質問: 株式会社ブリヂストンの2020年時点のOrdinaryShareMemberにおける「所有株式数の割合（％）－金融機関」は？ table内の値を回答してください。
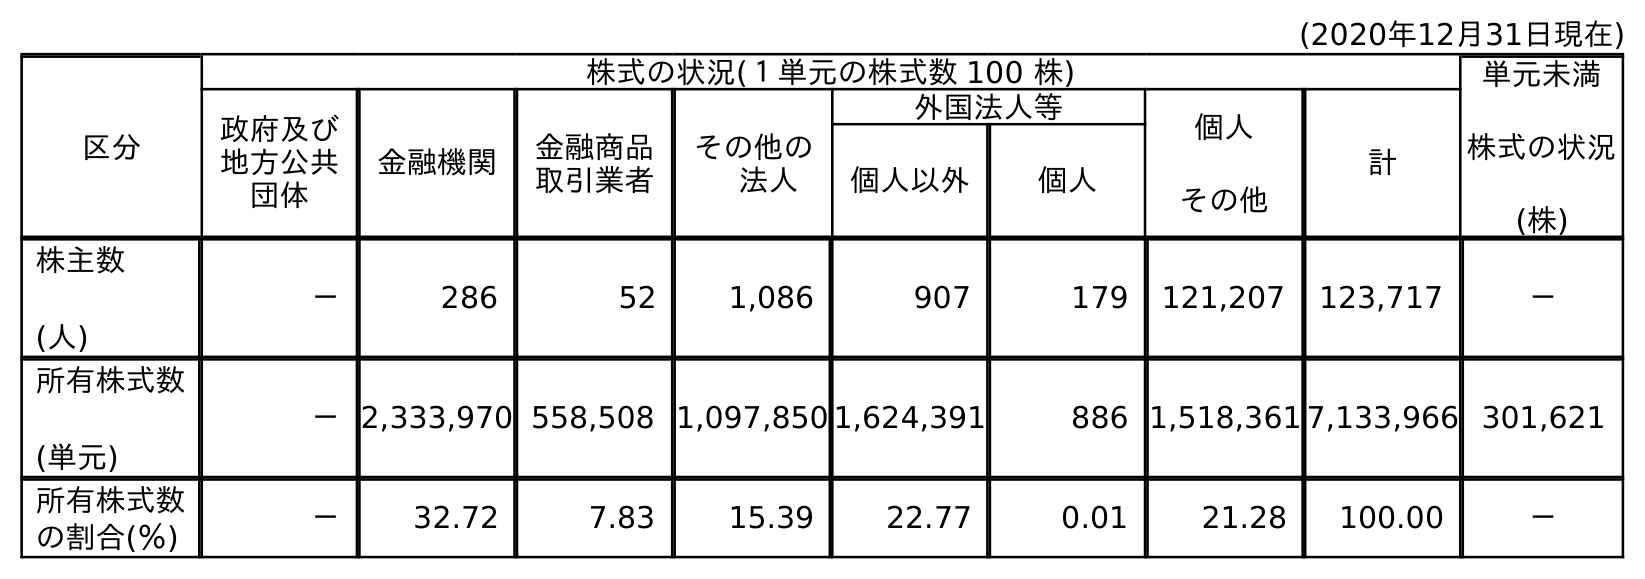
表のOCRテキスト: (2020年12月31日現在) 区分 株式の状況(１単元の株式数 100 株) 単元未満 株式の状況 (株) 政府及び 地方公共 団体 金融機関 金融商品 取引業者 その他の  法人 外国法人等 個人 その他 計 個人以外 個人 株主数 (人) － 286 52 1,086 907 179 121,207 123,717 － 所有株式数 (単元) －2,333,970 558,508 1,097,850 1,624,391 886 1,518,361 7,133,966 301,621 所有株式数 の割合(％) － 32.72 7.83 15.39 22.77 0.01 21.28 100.00 －
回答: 32.72